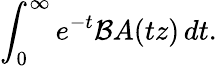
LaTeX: \int_{0}^{\infty}e^{-t}{\mathcal{B}}A(tz)\, dt.